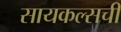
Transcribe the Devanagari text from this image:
सायकल्सची